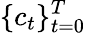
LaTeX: \{ c_{t}\} _{t=0}^{T}